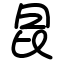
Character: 昆